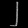
Digit: ၂